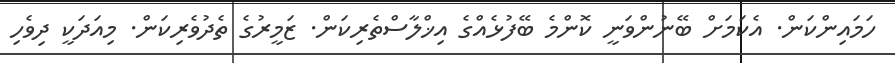
ހަމައިންކަން. އެކަމަށް ބޭނުންވަނީ ކޮންމެ ބޭފުޅެއްގެ އިޚްލާސްތެރިކަން. ޒަމީރުގެ ތެދުވެރިކަން. މިއަދަކީ ދިވެހި